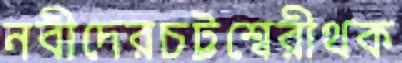
নবীদেরচট্টশ্বেরীথক